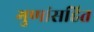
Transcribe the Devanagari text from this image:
गुणांसहित